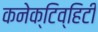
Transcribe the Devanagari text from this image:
कनेक्टिव्हिटी